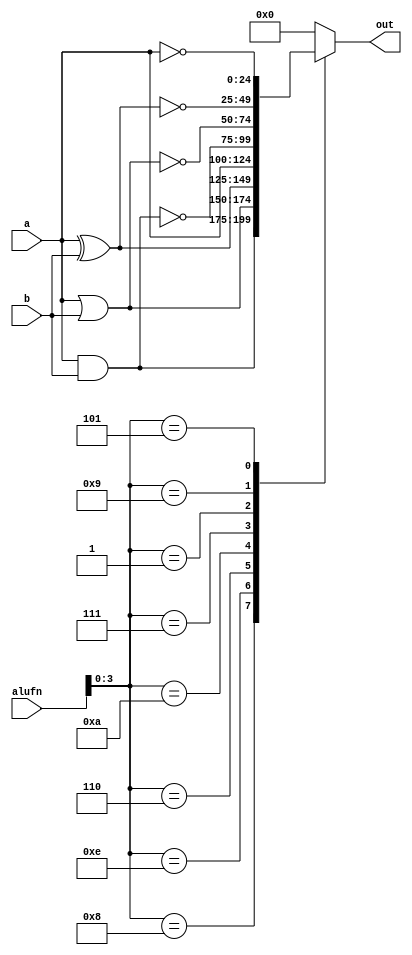
/*
   This file was generated automatically by the Mojo IDE version B1.3.6.
   Do not edit this file directly. Instead edit the original Lucid source.
   This is a temporary file and any changes made to it will be destroyed.
*/

module boole_25 (
    input [24:0] a,
    input [24:0] b,
    input [5:0] alufn,
    output reg [24:0] out
  );
  
  
  
  always @* begin
    
    case (alufn[0+3-:4])
      4'h8: begin
        out = a & b;
      end
      4'he: begin
        out = a | b;
      end
      4'h6: begin
        out = a ^ b;
      end
      4'ha: begin
        out = a;
      end
      4'h7: begin
        out = ~(a & b);
      end
      4'h1: begin
        out = ~(a | b);
      end
      4'h9: begin
        out = ~(a ^ b);
      end
      4'h5: begin
        out = ~a;
      end
      default: begin
        out = 1'h0;
      end
    endcase
  end
endmodule